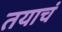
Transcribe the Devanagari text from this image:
तयाचं